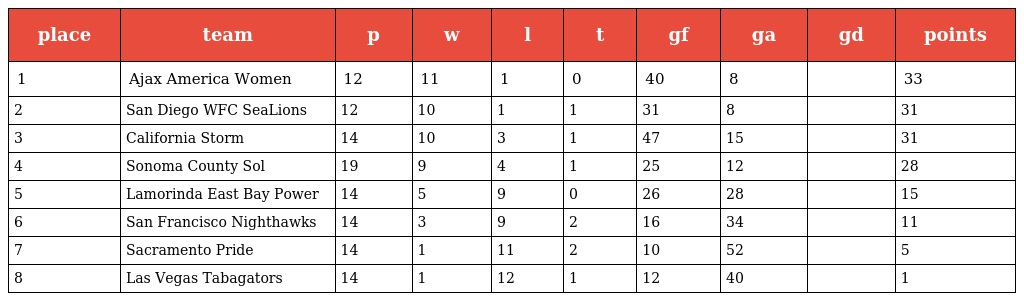
| place | team | p | w | l | t | gf | ga | gd | points |
 | --- | --- | --- | --- | --- | --- | --- | --- | --- | --- |
 | 1 | Ajax America Women | 12 | 11 | 1 | 0 | 40 | 8 |  | 33 |
 | 2 | San Diego WFC SeaLions | 12 | 10 | 1 | 1 | 31 | 8 |  | 31 |
 | 3 | California Storm | 14 | 10 | 3 | 1 | 47 | 15 |  | 31 |
 | 4 | Sonoma County Sol | 19 | 9 | 4 | 1 | 25 | 12 |  | 28 |
 | 5 | Lamorinda East Bay Power | 14 | 5 | 9 | 0 | 26 | 28 |  | 15 |
 | 6 | San Francisco Nighthawks | 14 | 3 | 9 | 2 | 16 | 34 |  | 11 |
 | 7 | Sacramento Pride | 14 | 1 | 11 | 2 | 10 | 52 |  | 5 |
 | 8 | Las Vegas Tabagators | 14 | 1 | 12 | 1 | 12 | 40 |  | 1 |